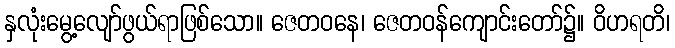
နှလုံးမွေ့လျော်ဖွယ်ရာဖြစ်သော။ ဇေတဝနေ၊ ဇေတဝန်ကျောင်းတော်၌။ ဝိဟရတိ၊